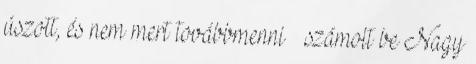
úszott, és nem mert továbbmenni – számolt be Nagy